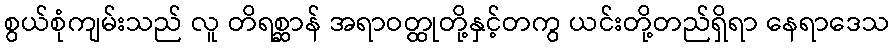
စွယ်စုံကျမ်းသည် လူ တိရစ္ဆာန် အရာဝတ္ထုတို့နှင့်တကွ ယင်းတို့တည်ရှိရာ နေရာဒေသ